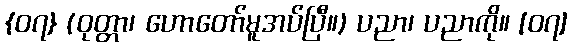
{၀၇} (ဝုတ္တာ၊ ဟောတော်မူအပ်ပြီ။) ပညာ၊ ပညာကို။ [၀၇]